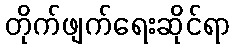
တိုက်ဖျက်ရေးဆိုင်ရာ